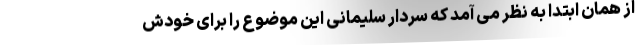
از همان ابتدا به نظر می آمد که سردار سلیمانی این موضوع را برای خودش